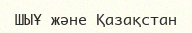
ШЫҰ және Қазақстан